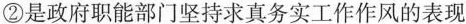
②是政府职能部门坚持求真务实工作作风的表现